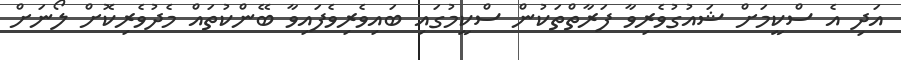
އަދި އެ ސްކީމަށް ޝައުގުވެރިވާ ފަރާތްތަކުން ސްކީމުގައި ބައިވެރިވެފައިވާ ބޭންކުތައް މެދުވެރިކޮށް ލޯނަށް